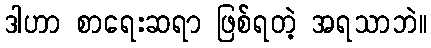
ဒါဟာ စာရေးဆရာ ဖြစ်ရတဲ့ အရသာဘဲ။